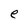
Character: e